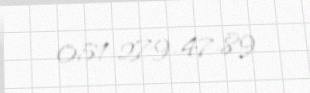
051-279-47-89